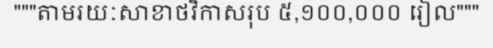
"""តាមរយៈសាខាថវិកាសរុប ៥,១០០,០០០ រៀល"""